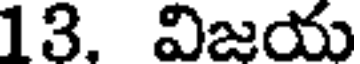
13. విజయ